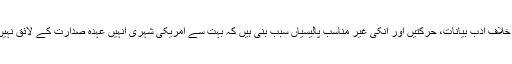
ٹرمپ کے خلافِ ادب بیانات، حرکتیں اور انکی غیر مناسب پالیسیاں سبب بنی ہیں کہ بہت سے امریکی شہری انہیں عہدہ صدارت کے لائق نہیں سمجھتے۔